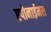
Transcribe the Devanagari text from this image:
एपोनाईमस